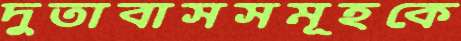
দুতাবাসসমূহকে